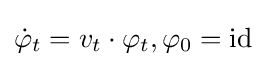
{\dot {\varphi }}_{t}=v_{t}\cdot \varphi _{t},\varphi _{0}={\rm {id}}